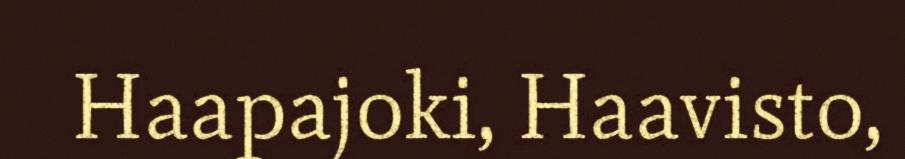
Haapajoki, Haavisto,